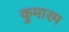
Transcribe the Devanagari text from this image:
कुमारम